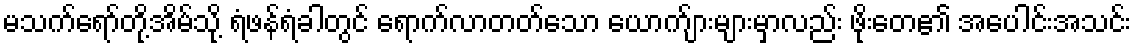
မသက်ရော်တို့အိမ်သို့ ရံဖန်ရံခါတွင် ရောက်လာတတ်သော ယောက်ျားများမှာလည်း ဖိုးတေ၏ အပေါင်းအသင်း